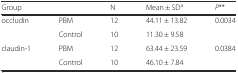
| <COLSPAN=2> Group | N | Mean ± SDa | P** |
 | --- | --- | --- | --- | --- |
 | <ROWSPAN=2> occludin | PBM | 12 | 44.11 ± 13.82 | <ROWSPAN=2> 0.0034 |
 | Control | 10 | 11.30 ± 9.58 |
 | <ROWSPAN=2> claudin-1 | PBM | 12 | 63.44 ± 23.59 | <ROWSPAN=2> 0.0384 |
 | Control | 10 | 46.10 ± 7.84 |